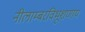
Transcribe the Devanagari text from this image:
नीलाम्बरविभूशणाय